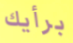
برأيك